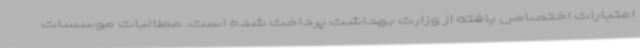
اعتبارات اختصاص یافته از وزارت بهداشت پرداخت شده است. مطالبات موسسات